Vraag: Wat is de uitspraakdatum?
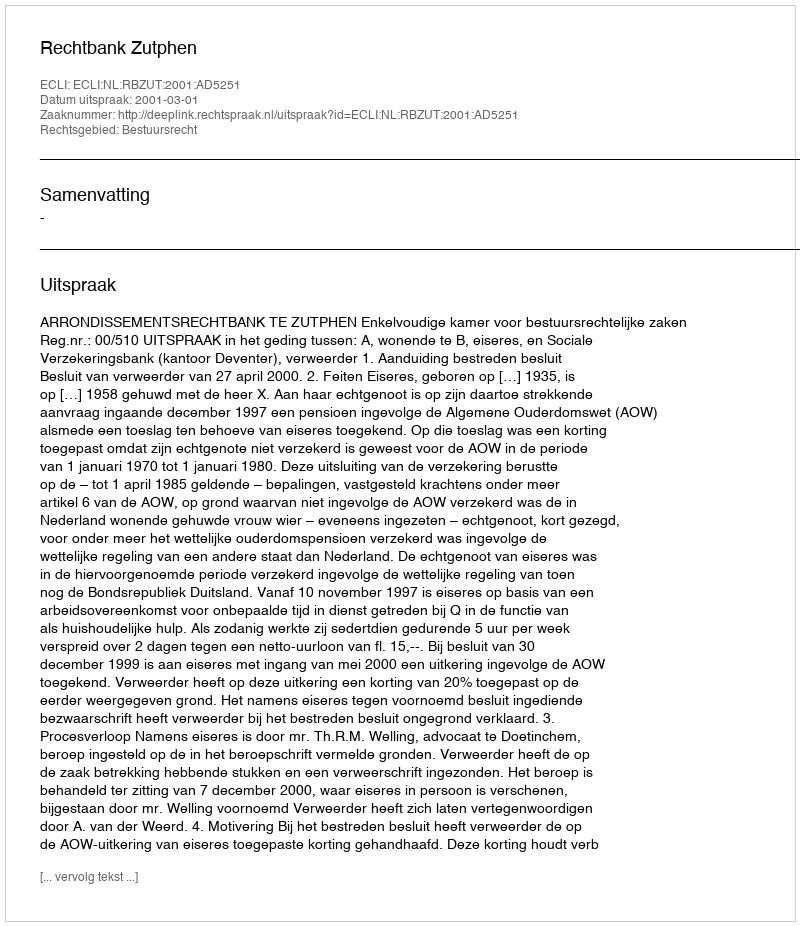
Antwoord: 2001-03-01